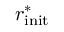
r _ { \mathrm { i n i t } } ^ { * }